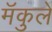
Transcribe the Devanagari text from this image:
मॅकुले